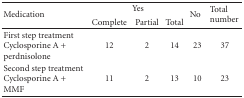
| <ROWSPAN=2> Medication | <COLSPAN=3> Yes | <ROWSPAN=2> No | <ROWSPAN=2> Total number |
 | Complete | Partial | Total |
 | --- | --- | --- | --- | --- | --- |
 | First step treatment Cyclosporine A + perdnisolone | 12 | 2 | 14 | 23 | 37 |
 | Second step treatment Cyclosporine A + MMF | 11 | 2 | 13 | 10 | 23 |